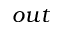
o u t